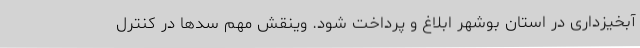
آبخیزداری در استان بوشهر ابلاغ و پرداخت شود. وینقش مهم سدها در کنترل